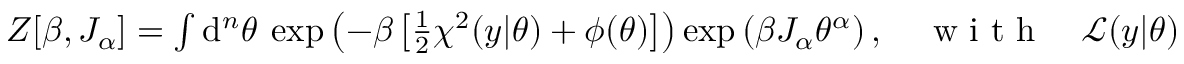
\begin{array} { r } { Z [ \beta , J _ { \alpha } ] = \int \mathrm { d } ^ { n } \theta \: \exp \left( - \beta \left[ \frac { 1 } { 2 } \chi ^ { 2 } ( y | \theta ) + \phi ( \theta ) \right] \right) \exp \left( \beta J _ { \alpha } \theta ^ { \alpha } \right) , \quad \mathrm { ~ w ~ i ~ t ~ h ~ } \quad \mathcal { L } ( y | \theta ) \propto \exp \left( - \frac { \chi ^ { 2 } ( y | \theta ) } { 2 } \right) \quad \mathrm { ~ a ~ n ~ d ~ } \quad \pi ( \theta ) \propto \exp ( - \phi ( \theta ) ) , } \end{array}